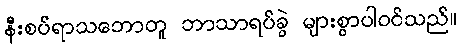
နီးစပ်ရာသဘောတူ ဘာသာရပ်ခွဲ များစွာပါဝင်သည်။